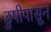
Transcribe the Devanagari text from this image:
ढुषीपासून